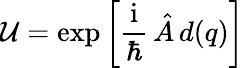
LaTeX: \mathcal{U}=\exp\left[\frac{\mathrm{i}}{\hbar}\, \hat{A}\, d(q)\right]